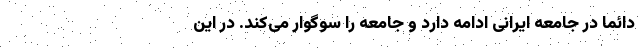
دائما در جامعه ایرانی ادامه دارد و جامعه را سوگوار می‌کند. در این